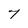
Character: 7